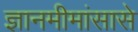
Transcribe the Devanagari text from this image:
ज्ञानमीमांसासे